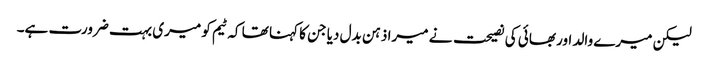
لیکن میرے والد اور بھائی کی نصیحت نے میرا ذہن بدل دیا جن کا کہنا تھا کہ ٹیم کو میری بہت ضرورت ہے۔